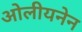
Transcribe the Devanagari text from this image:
ओलीयनेन